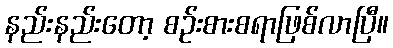
နည်းနည်းတော့ စဉ်းစားစရာဖြစ်လာပြီ။